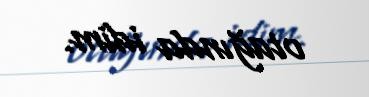
otağında idim.